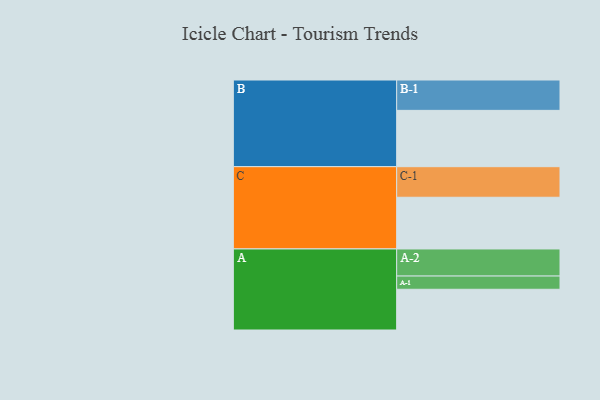
{"axis": {"x": "Segment", "y": "Value"}, "legend": ["", "A", "B", "C"], "data": [{"x": "A", "y": 397, "type": ""}, {"x": "B", "y": 549, "type": ""}, {"x": "C", "y": 504, "type": ""}, {"x": "A-1", "y": 129, "type": "A"}, {"x": "A-2", "y": 264, "type": "A"}, {"x": "B-1", "y": 296, "type": "B"}, {"x": "C-1", "y": 298, "type": "C"}]}